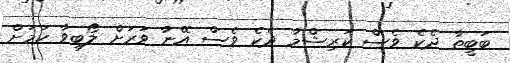
ބަބީތާ ދެކެ ވެސް ކަރިޝްމާ ދެކެ ވެސް އޭނާ ވަރަށް ލޯބިވާ ކަމަށް